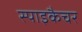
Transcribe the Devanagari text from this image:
स्पाइकैचर